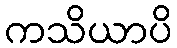
ကသိယာပိ